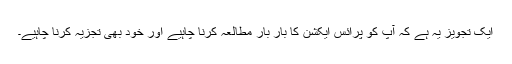
ایک تجویز یہ ہے کہ آپ کو پرائس ایکشن کا بار بار مطالعہ کرنا چاہیے اور خود بھی تجزیہ کرنا چاہیے۔